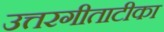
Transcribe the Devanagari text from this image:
उत्तरगीताटीका